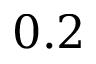
0 . 2